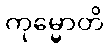
ကုမ္မောတိ